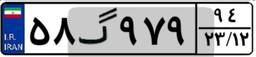
۵۵گ۰۰۱۵۹